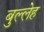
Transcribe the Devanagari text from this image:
बुल्लेह